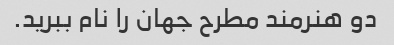
دو هنرمند مطرح جهان را نام ببرید.